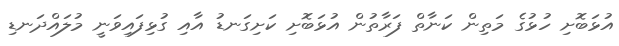
އުޅަބޮށި ހުޅުގެ މަތިން ކަނާތް ފަރާތުން އުޅަބޮށި ކަށިގަނޑު އާއި ގުޅިފައިވަނީ މުލައްދަނޑި